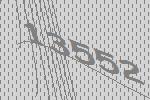
13552